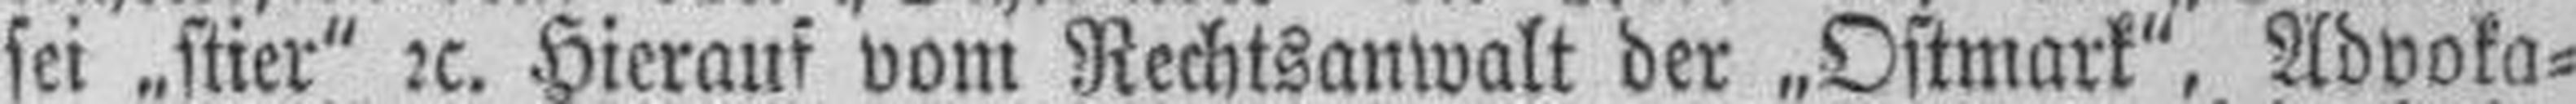
sei „stier“ 2c. Hierauf vom Rechtsanwalt der „Ostmark“, Advoka¬